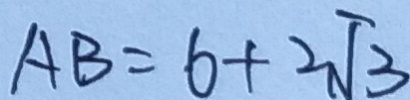
A B = 6 + 2 \sqrt { 3 }